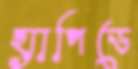
হ্যাপিডে